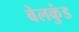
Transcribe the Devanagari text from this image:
बेलकुंड